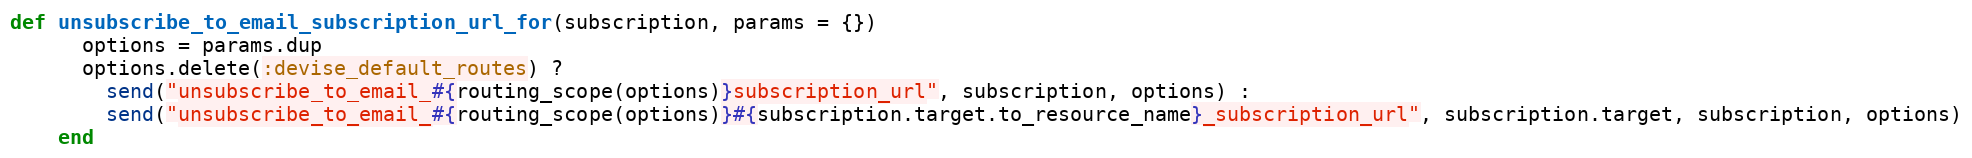
Language: Ruby
def unsubscribe_to_email_subscription_url_for(subscription, params = {})
      options = params.dup
      options.delete(:devise_default_routes) ?
        send("unsubscribe_to_email_#{routing_scope(options)}subscription_url", subscription, options) :
        send("unsubscribe_to_email_#{routing_scope(options)}#{subscription.target.to_resource_name}_subscription_url", subscription.target, subscription, options)
    end